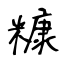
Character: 糠